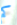
كم